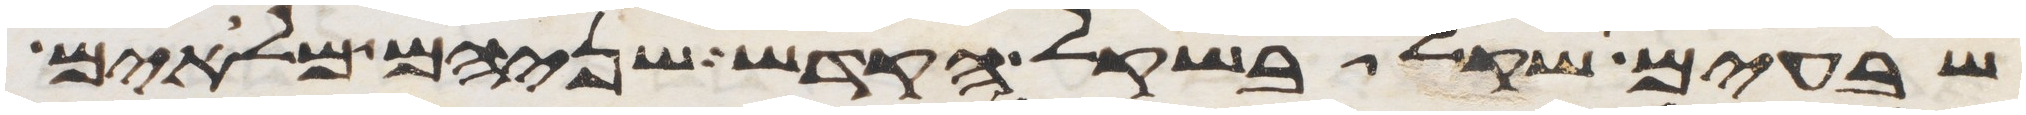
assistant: שבעים שקל בשקל הקדש שניהם מלאים